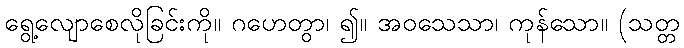
ရွေ့လျောစေလိုခြင်းကို။ ဂဟေတွာ၊ ၍။ အဝသေသာ၊ ကုန်သော။ (သတ္တ